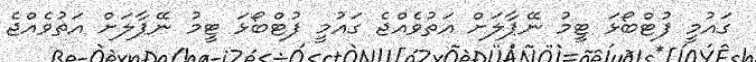
ގައުމީ ފުޓްބޯޅަ ޓީމު ނޭޕާލަށް އަތުވެއްޖެ ގައުމީ ފުޓްބޯޅަ ޓީމު ނޭޕާލަށް އަތުވެއްޖެ